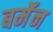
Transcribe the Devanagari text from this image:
बर्मॅन